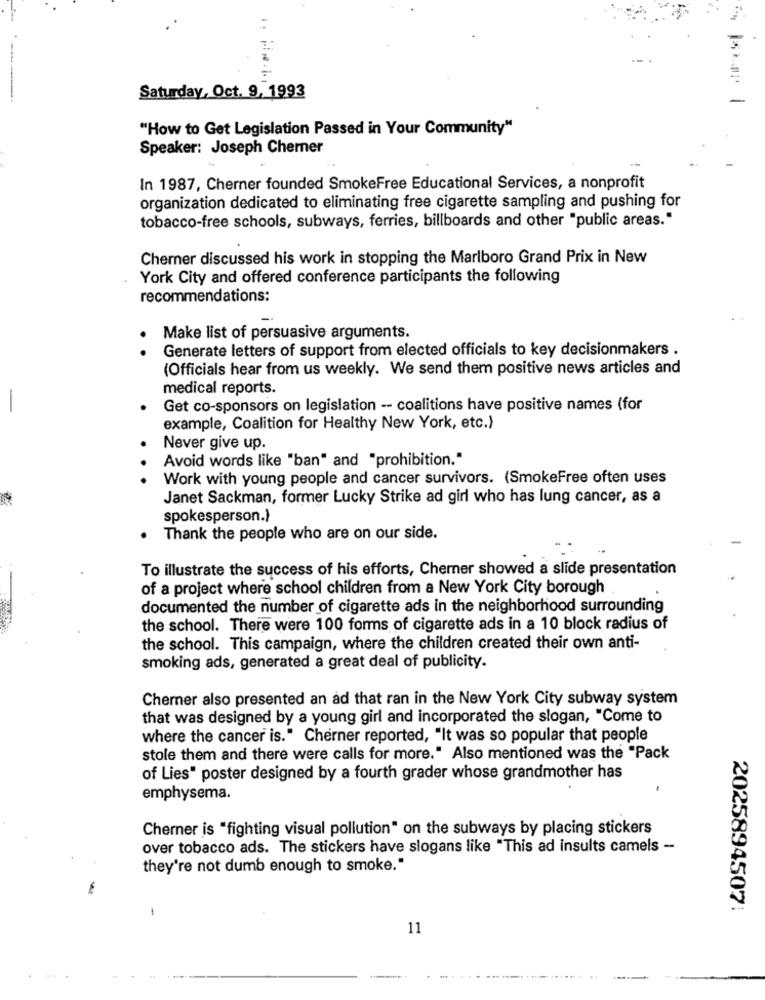
Saturday, Oct. 9, 1993
"How to Get Legislation Passed in Your Community"
Speaker: Joseph Chemer
In 1987, Cherner founded SmokeFree Educational Services, a nonprofit
organization dedicated to eliminating free cigarette sampling and pushing for
tobacco-free schools, subways, ferries, billboards and other "public areas."
Cherner discussed his work in stopping the Marlboro Grand Prix in New
York City and offered conference participants the following
recommendations:
Make list of persuasive arguments.
Generate letters of support from elected officials to key decisionmakers .
(Officials hear from us weekly. We send them positive news articles and
medical reports.
-
Get co-sponsors on legislation -- coalitions have positive names (for
example, Coalition for Healthy New York, etc.)
Never give up.
Avoid words like "ban" and "prohibition."
Work with young people and cancer survivors. (SmokeFree often uses
Janet Sackman, former Lucky Strike ad girl who has lung cancer, as a
spokesperson.)
Thank the people who are on our side.
To illustrate the success of his efforts, Chemer showed a slide presentation
of a project where school children from a New York City borough
documented the number of cigarette ads in the neighborhood surrounding
the school. There were 100 forms of cigarette ads in a 10 block radius of
the school. This campaign, where the children created their own anti-
smoking ads, generated a great deal of publicity.
Chemer also presented an ad that ran in the New York City subway system
that was designed by a young girl and incorporated the slogan, "Come to
where the cancer is." Cherner reported, "It was so popular that people
stole them and there were calls for more." Also mentioned was the "Pack
of Lies" poster designed by a fourth grader whose grandmother has
emphysema.
Cherner is "fighting visual pollution" on the subways by placing stickers
over tobacco ads. The stickers have slogans like "This ad insults camels -
they're not dumb enough to smoke."
2025894507:
11